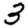
Digit: 3